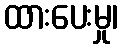
ထားပေးမှု၊